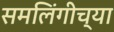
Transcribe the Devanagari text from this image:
समलिंगीच्या